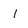
Character: I